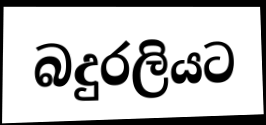
බදුරලියට